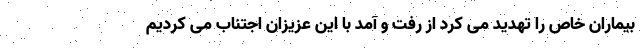
بیماران خاص را تهدید می کرد از رفت و آمد با این عزیزان اجتناب می کردیم